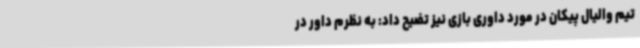
تیم والیال پیکان در مورد داوری بازی نیز تضیح داد: به نظرم داور در